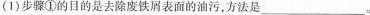
(1)步骤①的目的是去除废铁屑表面的油污，方法是___。